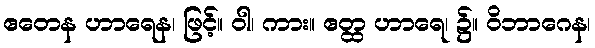
ဧတေန ဟာရေန၊ ဖြင့်။ ဝါ၊ ကား။ ဧတ္ထ ဟာရေ၊ ၌။ ဝိဘာဂေန၊